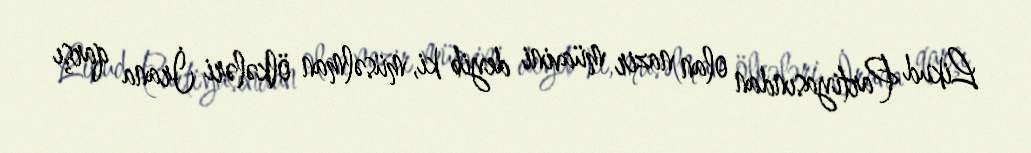
Likud Partiyasından olan nazir müavini deyib ki, müsəlman ölkələri İrana qarşı